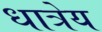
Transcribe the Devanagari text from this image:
धात्रेय